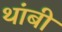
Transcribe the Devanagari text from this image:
थांबी